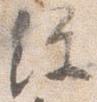
経